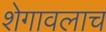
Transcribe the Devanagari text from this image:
शेगावलाच